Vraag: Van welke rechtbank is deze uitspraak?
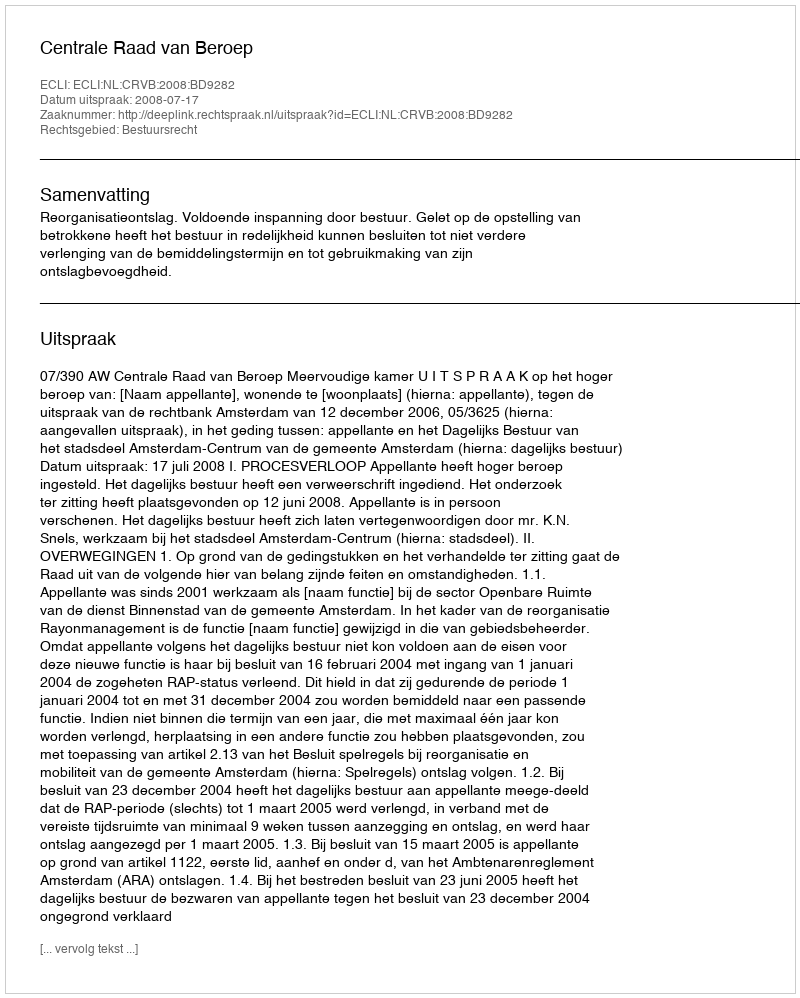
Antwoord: Centrale Raad van Beroep